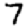
Digit: 7